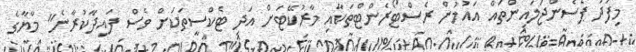
މިފަދަ ޕެސެންޖަލައިންތައް އައުމުން ރެސްޓޯރެންޓްތަކާއި މާރުކޭޓަށް އަދި ޓެކްސީތަކަށް ވެސް ފައިދާކުރާނެ" މާޔާގެ